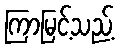
ကြာမြင့်သည့်